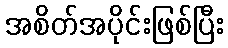
အစိတ်အပိုင်းဖြစ်ပြီး